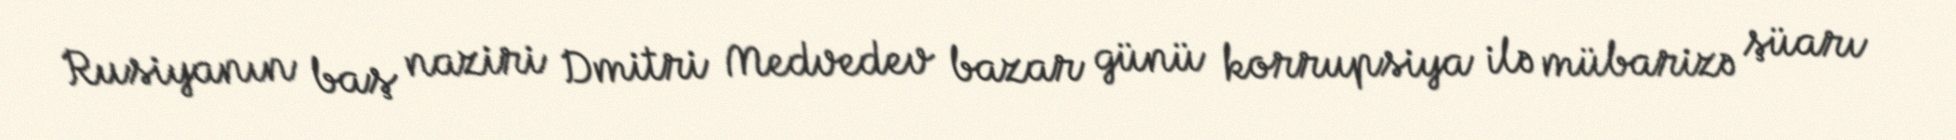
Rusiyanın baş naziri Dmitri Medvedev bazar günü korrupsiya ilə mübarizə şüarı